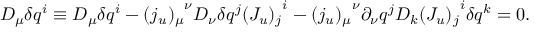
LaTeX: D _ { \mu } \delta q ^ { i } \equiv { \cal D } _ { \mu } \delta q ^ { i } - { ( j _ { u } ) _ { \mu } } ^ { \nu } { \cal D } _ { \nu } \delta q ^ { j } { ( J _ { u } ) _ { j } } ^ { i } - { ( j _ { u } ) _ { \mu } } ^ { \nu } \partial _ { \nu } q ^ { j } { \cal D } _ { k } { ( J _ { u } ) _ { j } } ^ { i } \delta q ^ { k } = 0 .